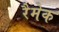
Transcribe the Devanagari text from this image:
रैमेक